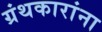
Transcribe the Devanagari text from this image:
ग्रंथकारांना